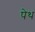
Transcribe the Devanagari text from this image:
पेथ